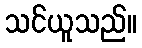
သင်ယူသည်။